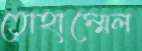
তোহাম্মেল